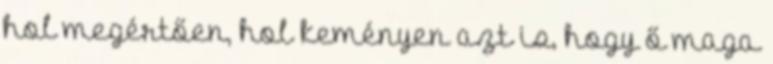
hol megértően, hol keményen azt is, hogy ő maga